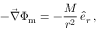
- \vec { \nabla } \Phi _ { \mathrm { m } } = - \frac { M } { r ^ { 2 } } \, \hat { e } _ { r } \, ,